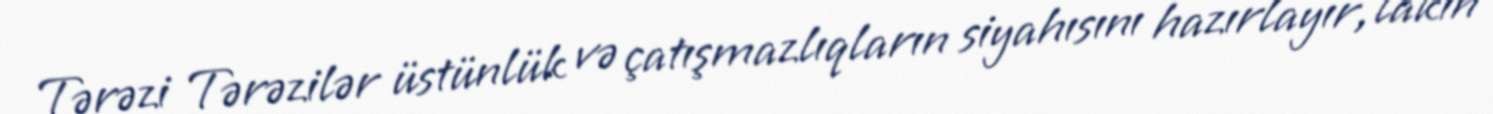
Tərəzi Tərəzilər üstünlük və çatışmazlıqların siyahısını hazırlayır, lakin